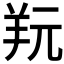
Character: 𦍘